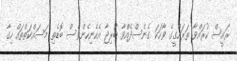
ޜައީސް ކުރައްވާ ތަރައްގީގެ ވާހަކަ ގެނެސްދެއްވާ ބުރިޖާ އެހެނިހެންވެސް ބޮޑެތި މަސައްކަތްތައް ހިގާ